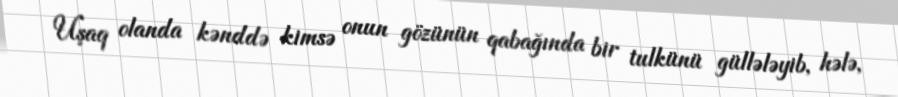
Uşaq olanda kənddə kimsə onun gözünün qabağında bir tulkünü güllələyib, hələ,